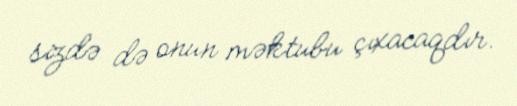
sizdə də onun məktubu çıxacaqdır.